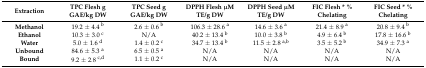
| Extraction | TPC Flesh g GAE/kg DW | TPC Seed g GAE/kg DW | DPPH Flesh μM TE/g DW | DPPH Seed μM TE/g DW | FIC Flesh * % Chelating | FIC Seed * % Chelating |
 | --- | --- | --- | --- | --- | --- | --- |
 | Methanol | 19.2 ± 4.4 b | 2.6 ± 0.6 b | 106.3 ± 28.6 a | 14.6 ± 3.6 a | 21.4 ± 8.9 a | 20.8 ± 9.4 b |
 | Ethanol | 10.3 ± 3.0 c | N/A | 40.2 ± 13.4 b | 10.0 ± 3.8 b | 4.9 ± 6.4 b | 17.8 ± 16.6 b |
 | Water | 5.0 ± 1.6 d | 1.4 ± 0.2 c | 34.7 ± 13.4 b | 11.5 ± 2.8 a,b | 3.5 ± 5.2 b | 34.9 ± 7.3 a |
 | Unbound | 84.6 ± 5.3 a | 6.5 ± 0.5 a | N/A | N/A | N/A | N/A |
 | Bound | 9.2 ± 2.8 c,d | 1.1 ± 0.2 c | N/A | N/A | N/A | N/A |